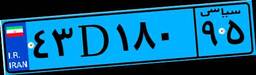
۸۷D۷۸۳۲۵